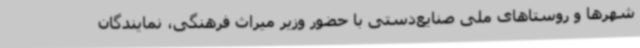
شهرها و روستاهای ملی صنایع‌دستی با حضور وزیر میراث فرهنگی، نمایندگان